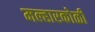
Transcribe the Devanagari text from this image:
मल्हारकोळी